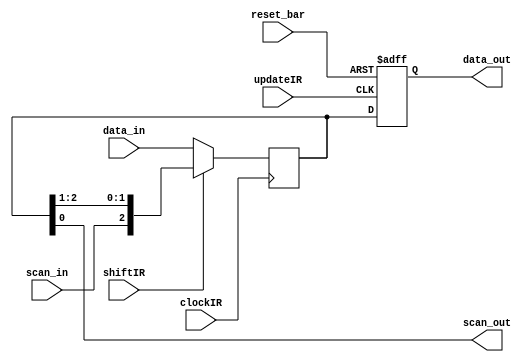
module Instruction_Register (data_out, data_in, scan_out, scan_in,  shiftIR, clockIR, updateIR, reset_bar);
parameter IR_size = 3;
output 	[IR_size -1: 0]	data_out;
output			scan_out;
input	[IR_size -1: 0]	data_in;
input			scan_in;
input			shiftIR, clockIR, updateIR, reset_bar;
reg	[IR_size -1: 0]	IR_Scan_Register, IR_Output_Register;

assign			data_out = IR_Output_Register;
assign			scan_out = IR_Scan_Register [0];

always @ (posedge clockIR) IR_Scan_Register <= shiftIR ? {scan_in, IR_Scan_Register [IR_size - 1: 1]} : data_in;
 
always @ ( posedge updateIR or negedge reset_bar)	// asynchronous required by 1140.1a.
  if (reset_bar == 0) IR_Output_Register <= ~(0);		// Fills IR with 1s for BYPASS instruction 
  else IR_Output_Register <= IR_Scan_Register;

endmodule